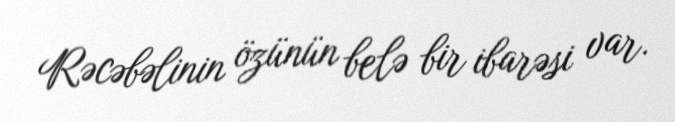
Rəcəbəlinin özünün belə bir ibarəsi var.